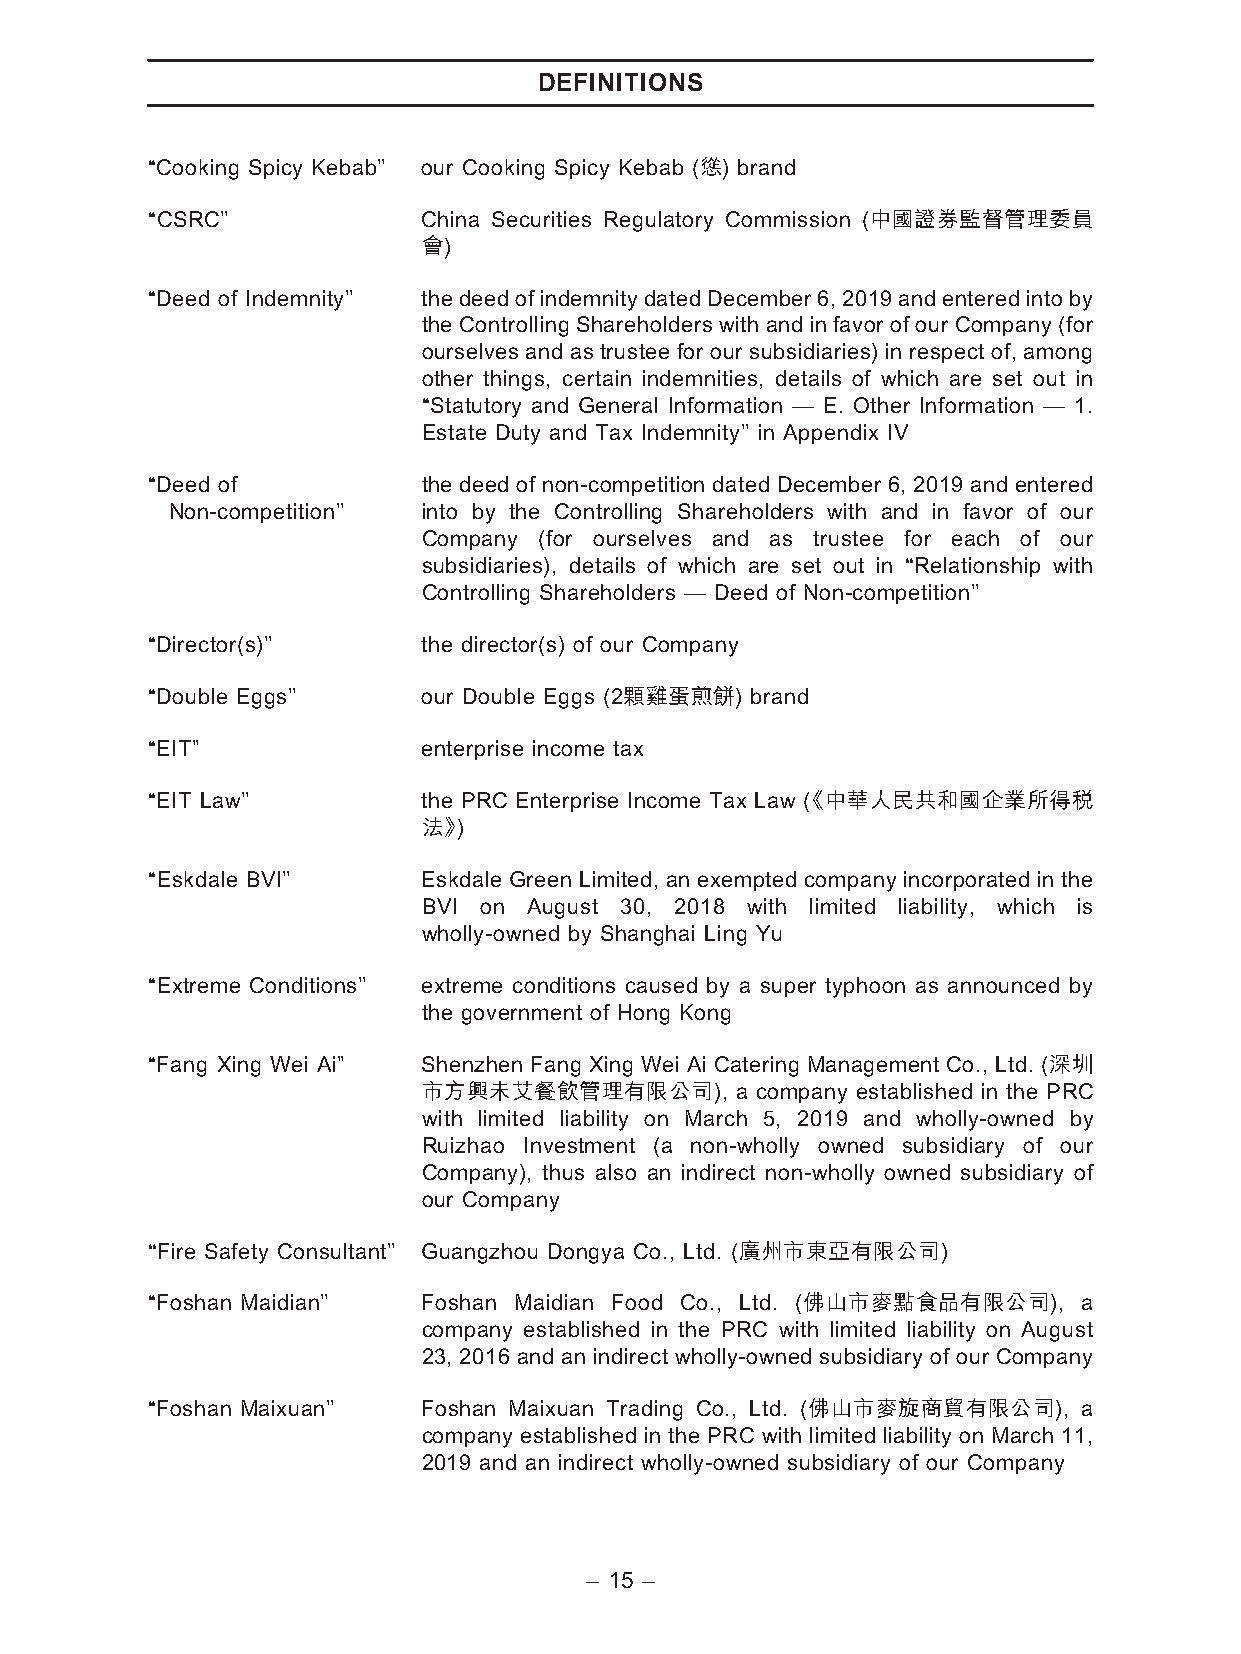
DEFINITIONS
 ‘‘Cooking Spicy Kebab’’ our Cooking Spicy Kebab (慫) brand
 ‘‘CSRC’’          China Securities Regulatory Commission (中國證券監督管理委員
 會)
 ‘‘Deed of Indemnity’’ thedeedofindemnitydatedDecember6,2019andenteredintoby
 the Controlling Shareholders with and in favor of our Company (for
 ourselves and as trustee for our subsidiaries) in respect of, among
 other things, certain indemnities, details of which are set out in
 ‘‘Statutory and General Information — E. Other Information — 1.
 Estate Duty and Tax Indemnity’’ in Appendix IV
 ‘‘Deed of         the deed of non-competition dated December 6, 2019 and entered
 Non-competition’’ into by the Controlling Shareholders with and in favor of our
 Company (for ourselves and as trustee for each of our
 subsidiaries), details of which are set out in ‘‘Relationship with
 Controlling Shareholders — Deed of Non-competition’’
 ‘‘Director(s)’’   the director(s) of our Company
 ‘‘Double Eggs’’   our Double Eggs (2顆雞蛋煎餅) brand
 ‘‘EIT’’           enterprise income tax
 ‘‘EIT Law’’       the PRC Enterprise Income Tax Law 《( 中華人民共和國企業所得稅
 法》)
 ‘‘Eskdale BVI’’   Eskdale Green Limited, an exempted company incorporated in the
 BVI on August 30, 2018 with limited liability, which is
 wholly-owned by Shanghai Ling Yu
 ‘‘Extreme Conditions’’ extreme conditions caused by a super typhoon as announced by
 the government of Hong Kong
 ‘‘Fang Xing Wei Ai’’ Shenzhen Fang Xing Wei Ai Catering Management Co., Ltd. (深圳
 市方興未艾餐飲管理有限公司),      a company established in the PRC
 with limited liability on March 5, 2019 and wholly-owned by
 Ruizhao Investment (a non-wholly owned subsidiary of our
 Company), thus also an indirect non-wholly owned subsidiary of
 our Company
 ‘‘Fire Safety Consultant’’ Guangzhou Dongya Co., Ltd. (廣州市東亞有限公司)
 ‘‘Foshan Maidian’’ Foshan Maidian Food Co., Ltd. (佛山市麥點食品有限公司), a
 company established in the PRC with limited liability on August
 23, 2016 and an indirect wholly-owned subsidiary of our Company
 ‘‘Foshan Maixuan’’ Foshan Maixuan Trading Co., Ltd. (佛山市麥旋商貿有限公司), a
 company established in the PRC with limited liability on March 11,
 2019 and an indirect wholly-owned subsidiary of our Company
 – 15 –